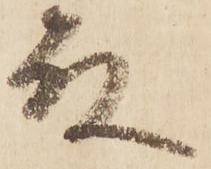
殿